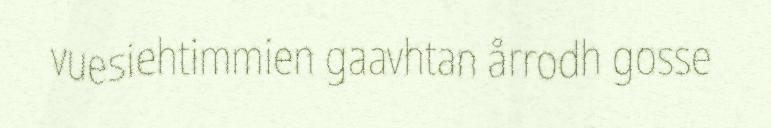
vuesiehtimmien gaavhtan årrodh gosse